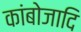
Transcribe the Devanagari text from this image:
कांबोजादि